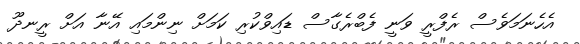
އެހެނަމަވެސް ރެފްރީ ވަނީ ފެބްރެގާސް ޑައިވްކުރި ކަމަށް ނިންމައި އޭނާ އަށް ރީނދޫ